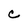
Character: C